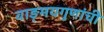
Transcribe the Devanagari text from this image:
वाङ्‌मयगुणांची